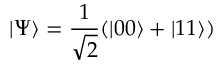
| \Psi \rangle = \frac { 1 } { \sqrt { 2 } } ( | 0 0 \rangle + | 1 1 \rangle )